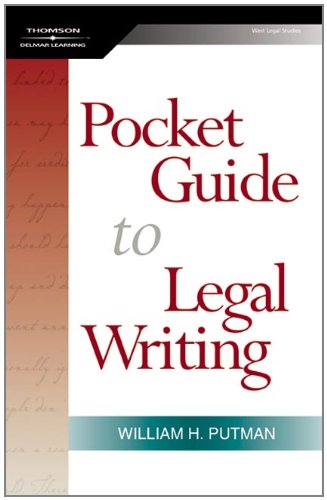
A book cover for The Pocket Guide to Legal Writing; William H. Putman; Law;